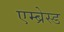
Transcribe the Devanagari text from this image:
एम्ब्रेस्ड